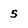
Character: 5